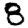
Digit: 8